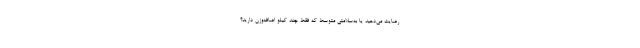
رضایت می‌دهید یا به‌سلامتی متوسط که فقط چند کیلو اضافه‌وزن دارید؟